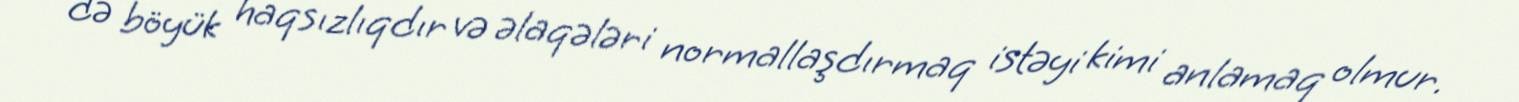
də böyük haqsızlıqdır və əlaqələri normallaşdırmaq istəyi kimi anlamaq olmur.